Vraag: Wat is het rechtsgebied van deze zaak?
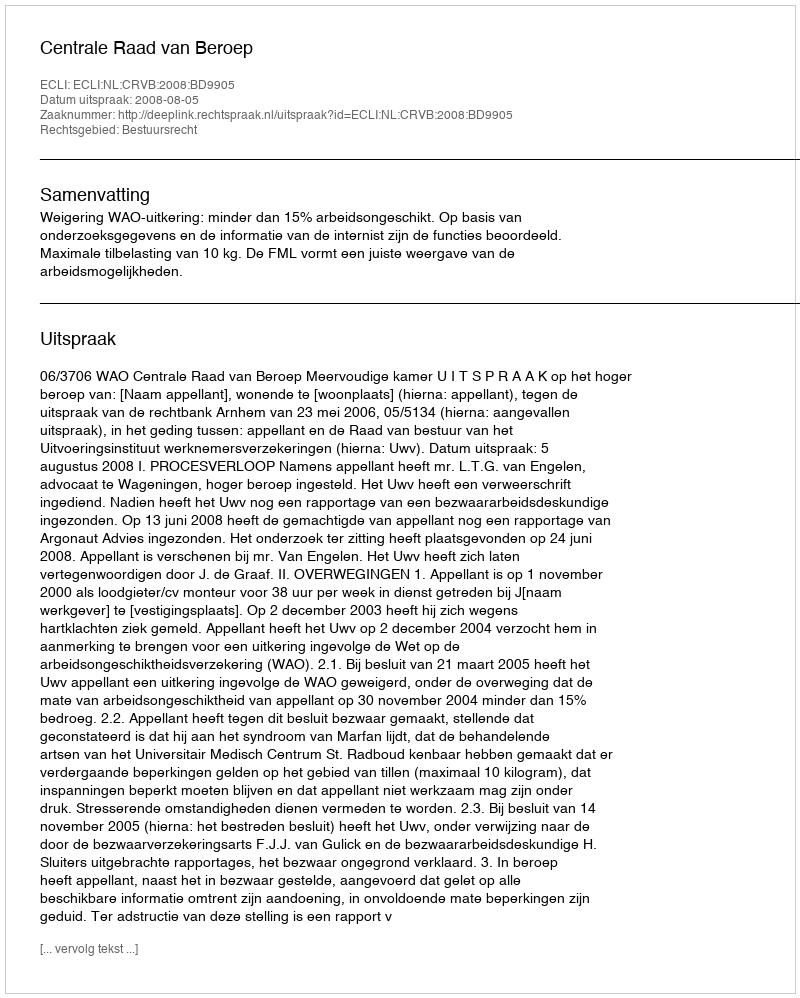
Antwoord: Bestuursrecht